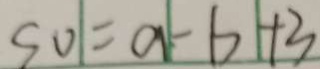
S O = a - b + 3